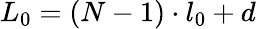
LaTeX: L_{0}=(N-1)\cdot l_{0}+d